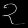
Digit: ၃